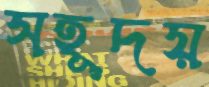
সহূদয়